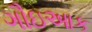
ગૌઇઆક